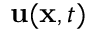
{ \bf u } ( { \bf x } , t )